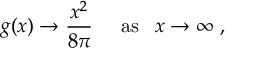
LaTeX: g ( x ) \rightarrow \frac { x ^ { 2 } } { 8 \pi } \; \; \; \; \; \mathrm { a s } \; \; \; x \rightarrow \infty \; ,